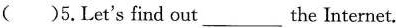
()5.Let`s find out___ the Internet.